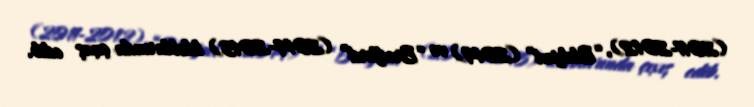
(2011-2012), “Blekpul” (2014) və “Bredford” (2014-2015) klublarında çıxış edib.